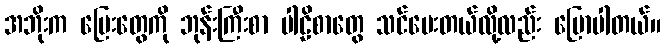
အဘိုးက မြေးတွေကို ဘုန်းကြီးစာ ပါဠိစာတွေ သင်ပေးတယ်လို့လည်း ပြောပါတယ်။